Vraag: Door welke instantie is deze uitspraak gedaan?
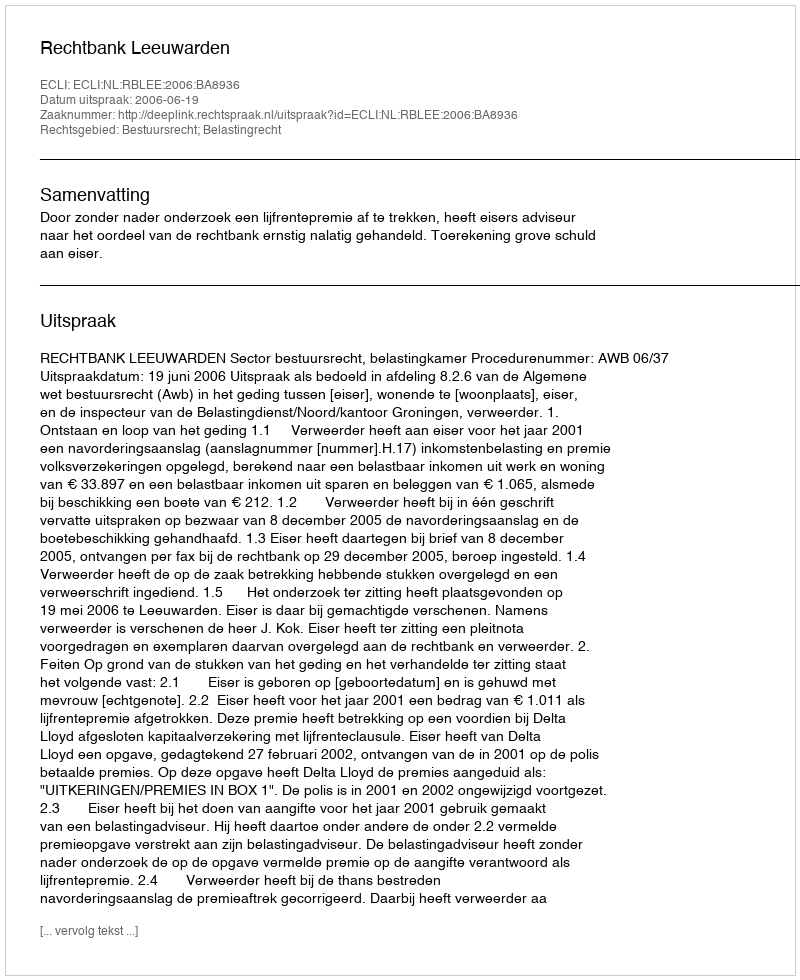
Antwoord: Rechtbank Leeuwarden